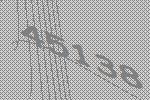
45138